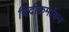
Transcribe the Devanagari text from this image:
बिंदीक्रमांकन